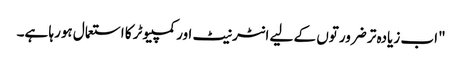
"اب زیادہ تر ضرورتوں کے لیے انٹرنیٹ اور کمپیوٹر کا استعمال ہورہا ہے۔